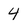
Character: 4